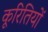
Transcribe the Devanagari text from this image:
कूरितियों